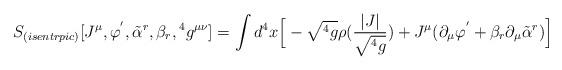
LaTeX: \begin{align*}S_{(isentrpic)}[J^{\mu},\varphi^{'}, {\tilde\alpha}^r,\beta_r,{}^4g^{\mu\nu}]=\int d^4x \Big[ -\sqrt{{}^4g}\rho ({{|J|}\over {\sqrt{{}^4g}}})+J^{\mu}(\partial_{\mu}\varphi^{'}+\beta_r\partial_{\mu}{\tilde\alpha}^r)\Big]\end{align*}